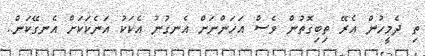
ތި ދެމީހުން އެރޭ ތިބިގޮތުން ވެސް އަހަންނަށް އެނގުނު އެކަކު އަނެކަކަށް އެނގޭކަން..